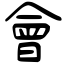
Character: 會